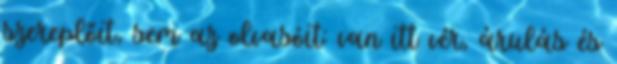
szereplőit, sem az olvasóit: van itt vér, árulás és